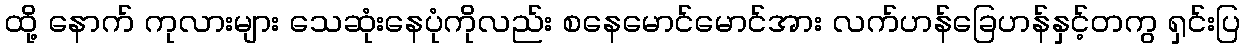
ထို့ နောက် ကုလားများ သေဆုံးနေပုံကိုလည်း စနေမောင်မောင်အား လက်ဟန်ခြေဟန်နှင့်တကွ ရှင်းပြ